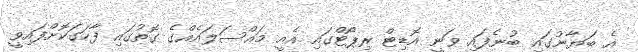
އެ ބަޔާނުގައި ބުނެފައި ވަނީ އޮޑިޓް ރިޕޯޓްގައި އެއީ މައްސަލައެއްގެ ގޮތުގައި ފާހަގަކޮށްފައިވީ